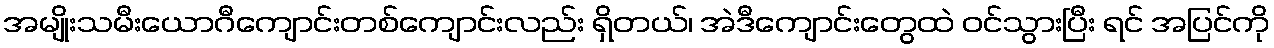
အမျိုးသမီးယောဂီကျောင်းတစ်ကျောင်းလည်း ရှိတယ်၊ အဲဒီကျောင်းတွေထဲ ဝင်သွားပြီး ရင် အပြင်ကို